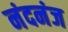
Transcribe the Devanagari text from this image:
नंदनंज